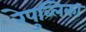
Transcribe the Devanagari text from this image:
रेपुब्लिका